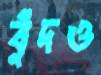
বুঁদও